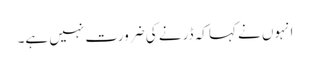
انہوں نے کہا کہ ڈرنے کی ضرورت نہیں ہے۔